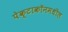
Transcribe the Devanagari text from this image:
पेक्टाकॉनमधील